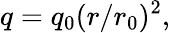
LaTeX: q=q_{0}(r/r_{0})^{2},